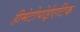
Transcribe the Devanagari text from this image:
हीमेटोपोईएटिक